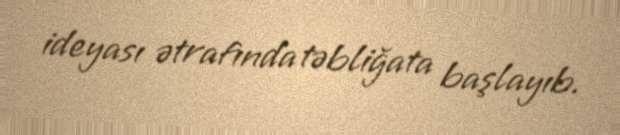
ideyası ətrafında təbliğata başlayıb.